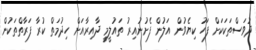
ދުވަސްތަކަކަށް ފަހު ކިޔެވުން އަލުން ފެށުނުއިރު ތައުލީމީ ދާއިރާއަށް ހިދުމަތް ކުރާ ފަރާތްތަކުން